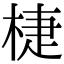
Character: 𣓉